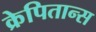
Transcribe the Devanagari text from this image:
क्रेपितान्स